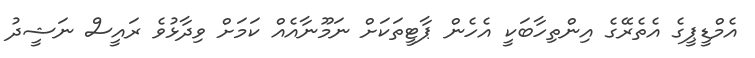
އެމްޑީޕީގެ އެތެރޭގެ އިންތިހާބަކީ އެހެން ޕާޓީތަކަށް ނަމޫނާއެއް ކަމަށް ވިދާޅުވެ ރައީސް ނަޝީދު